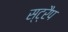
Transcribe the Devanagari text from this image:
स्ट्रैप